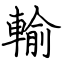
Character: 輸